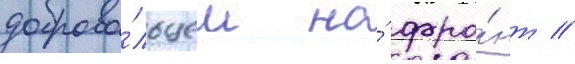
доброво́льцем на́ фро́нт //